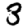
Digit: 3